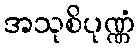
အသုစိပုဏ္ဏံ